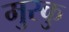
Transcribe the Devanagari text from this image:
मुस्कु